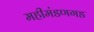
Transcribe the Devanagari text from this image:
महीमंडणगड